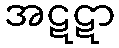
အဋဋာ